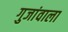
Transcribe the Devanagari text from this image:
गुजांवाला